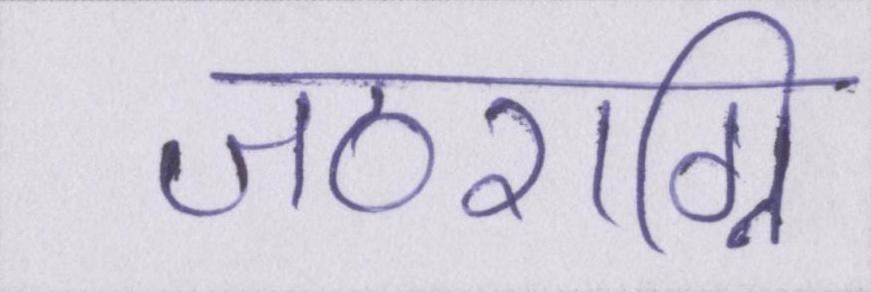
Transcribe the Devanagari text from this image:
जठराग्नि